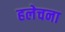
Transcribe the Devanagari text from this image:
हलेचना